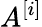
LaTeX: A^{[i]}